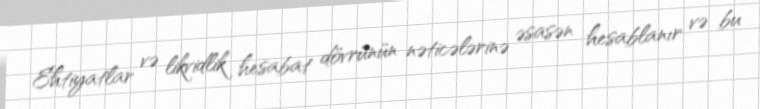
Ehtiyatlar və likvidlik hesabat dövrünün nəticələrinə əsasən hesablanır və bu